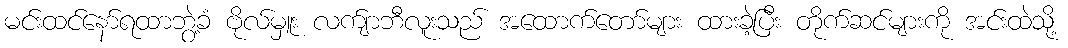
မင်းထင်နော်ရထာဘွဲ့ခံ ဗိုလ်မှူး လက်ျာဘီလူးသည် အထောက်တော်များ ထားခဲ့ပြီး တိုက်ဆင်များကို အင်းထဲသို့